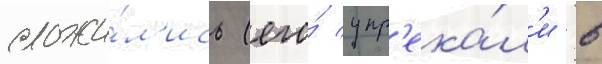
сложи́л'ись (его́ упр'ека́л'и в